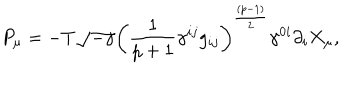
P _ { \mu } = - T \sqrt { - \gamma } \left( { \frac { 1 } { p + 1 } } \gamma ^ { i j } g _ { i j } \right) ^ { \frac { ( p - 1 ) } { 2 } } \gamma ^ { 0 i } \partial _ { i } X _ { \mu } ,